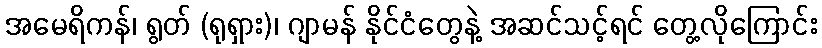
အမေရိကန်၊ ရွတ် (ရုရှား)၊ ဂျာမန် နိုင်ငံတွေနဲ့ အဆင်သင့်ရင် တွေ့လိုကြောင်း